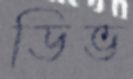
ডিভ